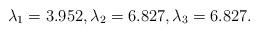
LaTeX: \begin{align*}\lambda_1 = 3.952, \lambda_2 = 6.827, \lambda_3 = 6.827.\end{align*}